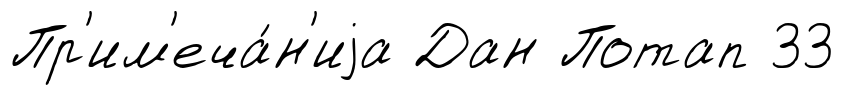
Пр'им'еча́н'иjа Дан Потап 33